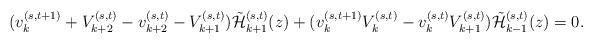
LaTeX: \begin{align*}(v_{k}^{(s,t+1)}+V_{k+2}^{(s,t)}-v_{k+2}^{(s,t)}-V_{k+1}^{(s,t)})\tilde{\cal H}_{k+1}^{(s,t)}(z)+(v_{k}^{(s,t+1)}V_{k}^{(s,t)}-v_{k}^{(s,t)}V_{k+1}^{(s,t)})\tilde{\cal H}_{k-1}^{(s,t)}(z)=0.\end{align*}